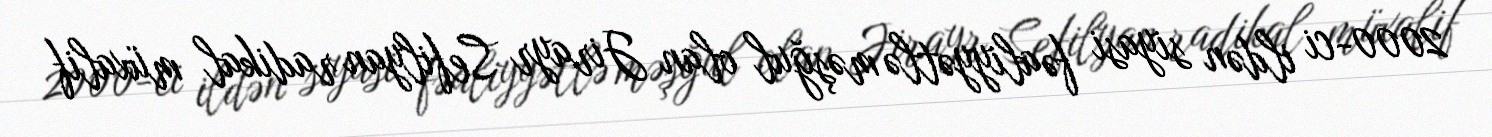
2000-ci ildən siyasi fəaliyyətlə məşğul olan Jirayr Sefilyan radikal müxalif